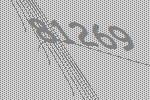
81269